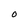
Character: 0